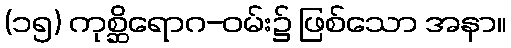
(၁၅) ကုစ္ဆိရောဂ-ဝမ်း၌ ဖြစ်သော အနာ။